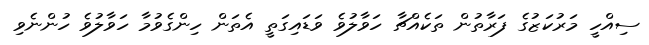
ސިއްހީ މަރުކަޒުގެ ފަރާތުން ތަކެއްޗާ ހަވާލުވެ ވަޑައިގަތީ އެތަން ހިންގެވުމާ ހަވާލުވެ ހުންނެވި